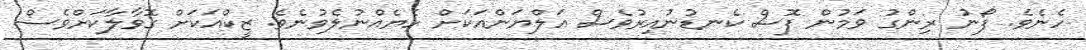
ހެނެވެ. ފޯނު ރިންގު ވަމުން ފޮސް ކެނޑުނުއިރުވެސް އަލްޔަންއަކަށް ހެޔެއްނުލެވުނެވެ. ޒީކްއަކަށް ގޮވާލާކަށްވެސް